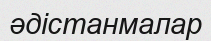
әдістанмалар